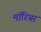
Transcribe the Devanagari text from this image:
मॉरियर